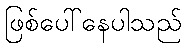
ဖြစ်ပေါ်နေပါသည်